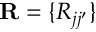
\mathbf { R } = \{ R _ { j j ^ { \prime } } \}